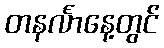
တနင်္လာနေ့တွင်